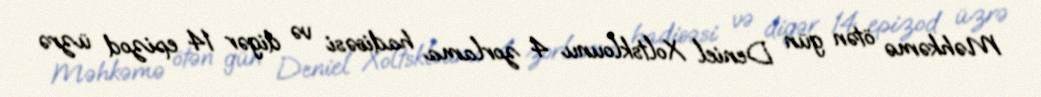
Məhkəmə ötən gün Deniel Xoltsklounu 4 zorlama hadisəsi və digər 14 epizod üzrə